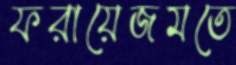
ফরায়েজমতে